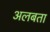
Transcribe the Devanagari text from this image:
अलबता